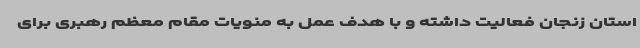
استان زنجان فعالیت داشته و با هدف عمل به منویات مقام معظم رهبری برای